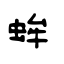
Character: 蛑